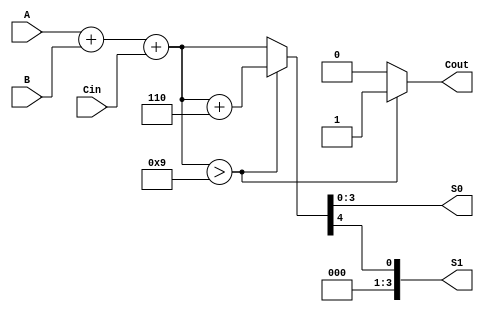
module BCD_Redundant_Binary_Adder (
    input [3:0] A,      // BCD digit A
    input [3:0] B,      // BCD digit B
    input Cin,          // Carry-input
    output reg [3:0] S0, // Lower BCD digit
    output reg [3:0] S1, // Higher BCD digit
    output reg Cout      // Carry-out
);

    // Intermediate signals
    wire [4:0] sum;     // 5-bit to accommodate carry out
    wire [4:0] corrected_sum;

    // Binary addition
    assign sum = A + B + Cin;

    // BCD Correction: Check if sum exceeds 9 (1001 in binary)
    // If sum > 9, add correction value 6 (0110)
    always @(*) begin
        if (sum > 9) begin
            corrected_sum = sum + 5'b0110; // BCD correction
            Cout = 1;  // Set carry out
        end else begin
            corrected_sum = sum; // No correction needed
            Cout = 0; // No carry out
        end
    end

    // Assign the outputs
    always @(*) begin
        S0 = corrected_sum[3:0]; // Lower BCD digit
        S1 = corrected_sum[4];    // Higher BCD digit (5th bit for carry)
    end

endmodule